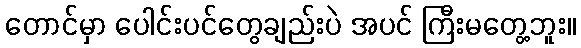
တောင်မှာ ပေါင်းပင်တွေချည်းပဲ အပင် ကြီးမတွေ့ဘူး။